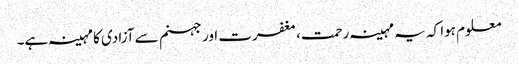
معلوم ہوا کہ یہ مہینہ رحمت، مغفرت اور جہنم سے آزادی کا مہینہ ہے۔